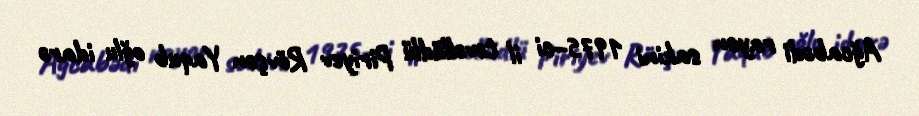
Ağcabədi rayon sakini 1975–ci il təvəllüdlü Piriyev Rövşən Yaqub oğlu idarə